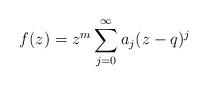
LaTeX: \begin{align*} f(z) = z^m \sum_{j=0}^{\infty}a_j(z-q)^j \end{align*}